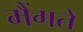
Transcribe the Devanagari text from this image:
मैंगते